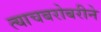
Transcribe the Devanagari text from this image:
त्याचबरोबरीने